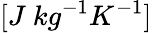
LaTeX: [J\ kg^{-1}K^{-1}]